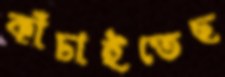
কাঁচাইতেছ